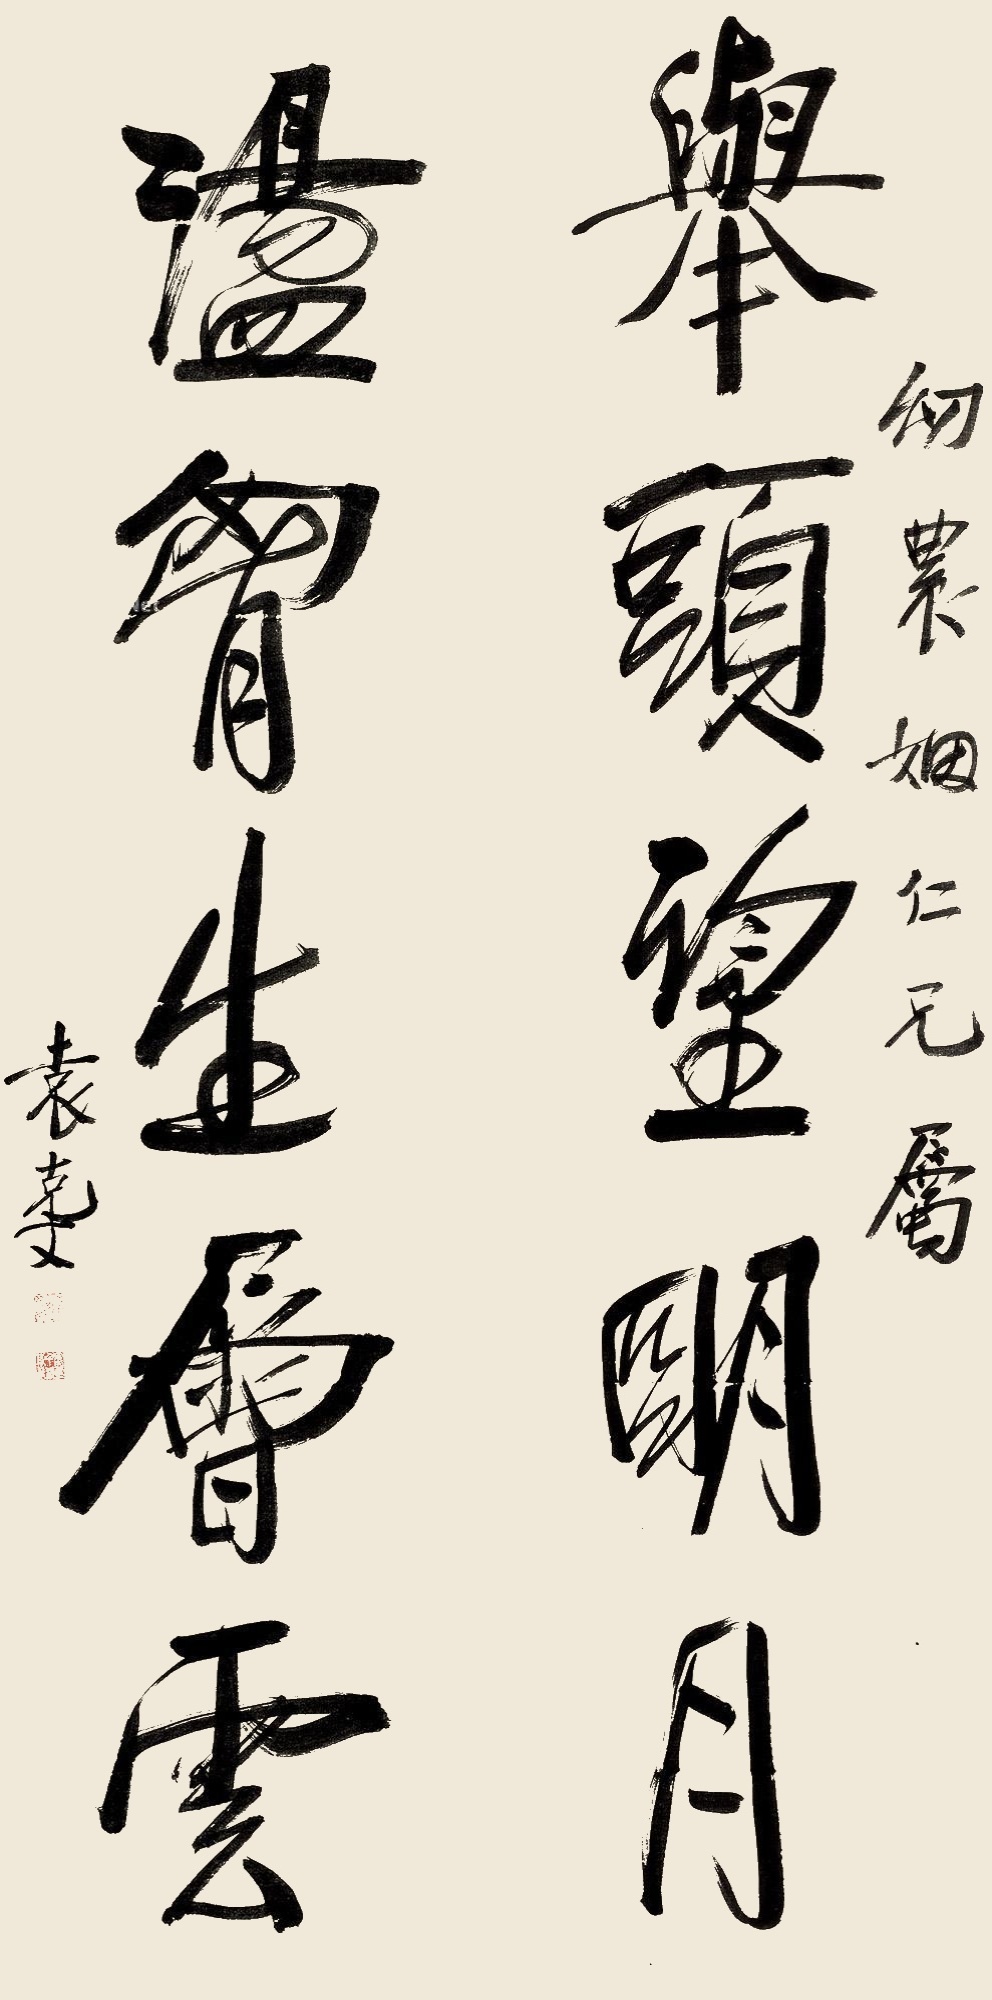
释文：举头望明月，荡胸生层云。幼农姻仁兄属，袁克文。